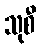
သုစီ